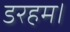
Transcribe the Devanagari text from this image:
डरहम।